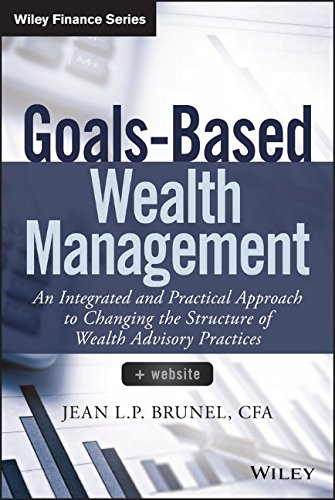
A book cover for Goals-Based Wealth Management: An Integrated and Practical Approach to Changing the Structure of Wealth Advisory Practices (Wiley Finance); Jean L. P. Brunel; Business & Money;